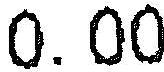
0.00